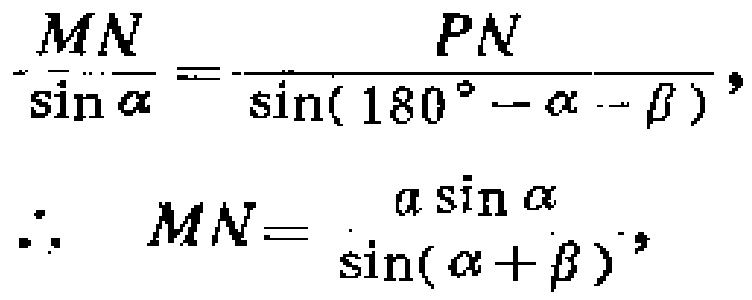
\(\frac{MN}{\sin\alpha}=\frac{PN}{\sin(180^{\circ}-\alpha - \beta)}\)，
\(\therefore\ \ MN = \frac{a\sin\alpha}{\sin(\alpha+\beta)}\)，